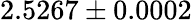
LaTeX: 2.5267\pm 0.0002